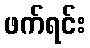
ဖက်ရင်း